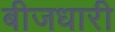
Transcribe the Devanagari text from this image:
बीजधारी